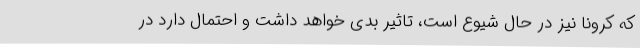
که کرونا نیز در حال شیوع است، تاثیر بدی خواهد داشت و احتمال دارد در